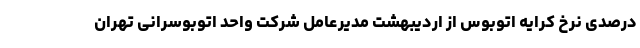
درصدی نرخ کرایه اتوبوس از اردیبهشت مدیرعامل شرکت واحد اتوبوسرانی تهران